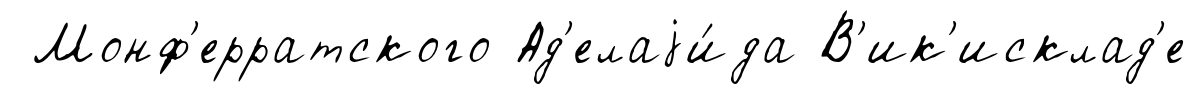
Монф'ерратского Ад'елаjи́да В'ик'исклад'е